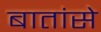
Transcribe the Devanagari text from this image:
बातांसे